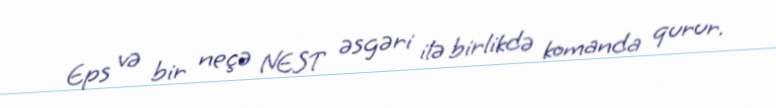
Eps və bir neçə NEST əsgəri ilə birlikdə komanda qurur.